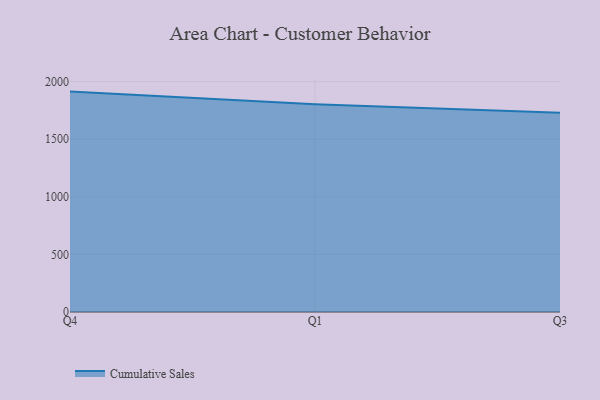
{"axis": {"x": "Quarter", "y": "Shipments"}, "legend": ["Cumulative Sales"], "data": [{"x": "Q4", "y": 1913.9, "type": "Cumulative Sales"}, {"x": "Q1", "y": 1804.9, "type": "Cumulative Sales"}, {"x": "Q3", "y": 1729.9, "type": "Cumulative Sales"}]}